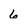
Character: 6